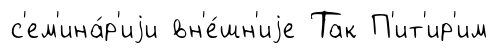
с'ем'ина́р'иjи вн'е́шн'иjе Так П'ит'ир'им